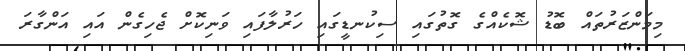
މިމަންޒަރުތައް ބޮޑު ޝޮކެއްގެ ގޮތުގައި ސިކުނޑީގައި ހަރުލާފައި ވަނިކޮށް ޖެހިގެން އައި އަންގާރަ